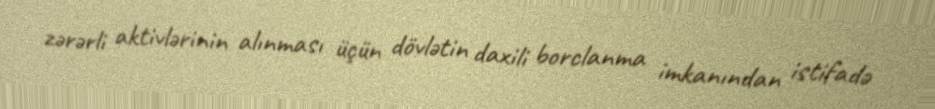
zərərli aktivlərinin alınması üçün dövlətin daxili borclanma imkanından istifadə